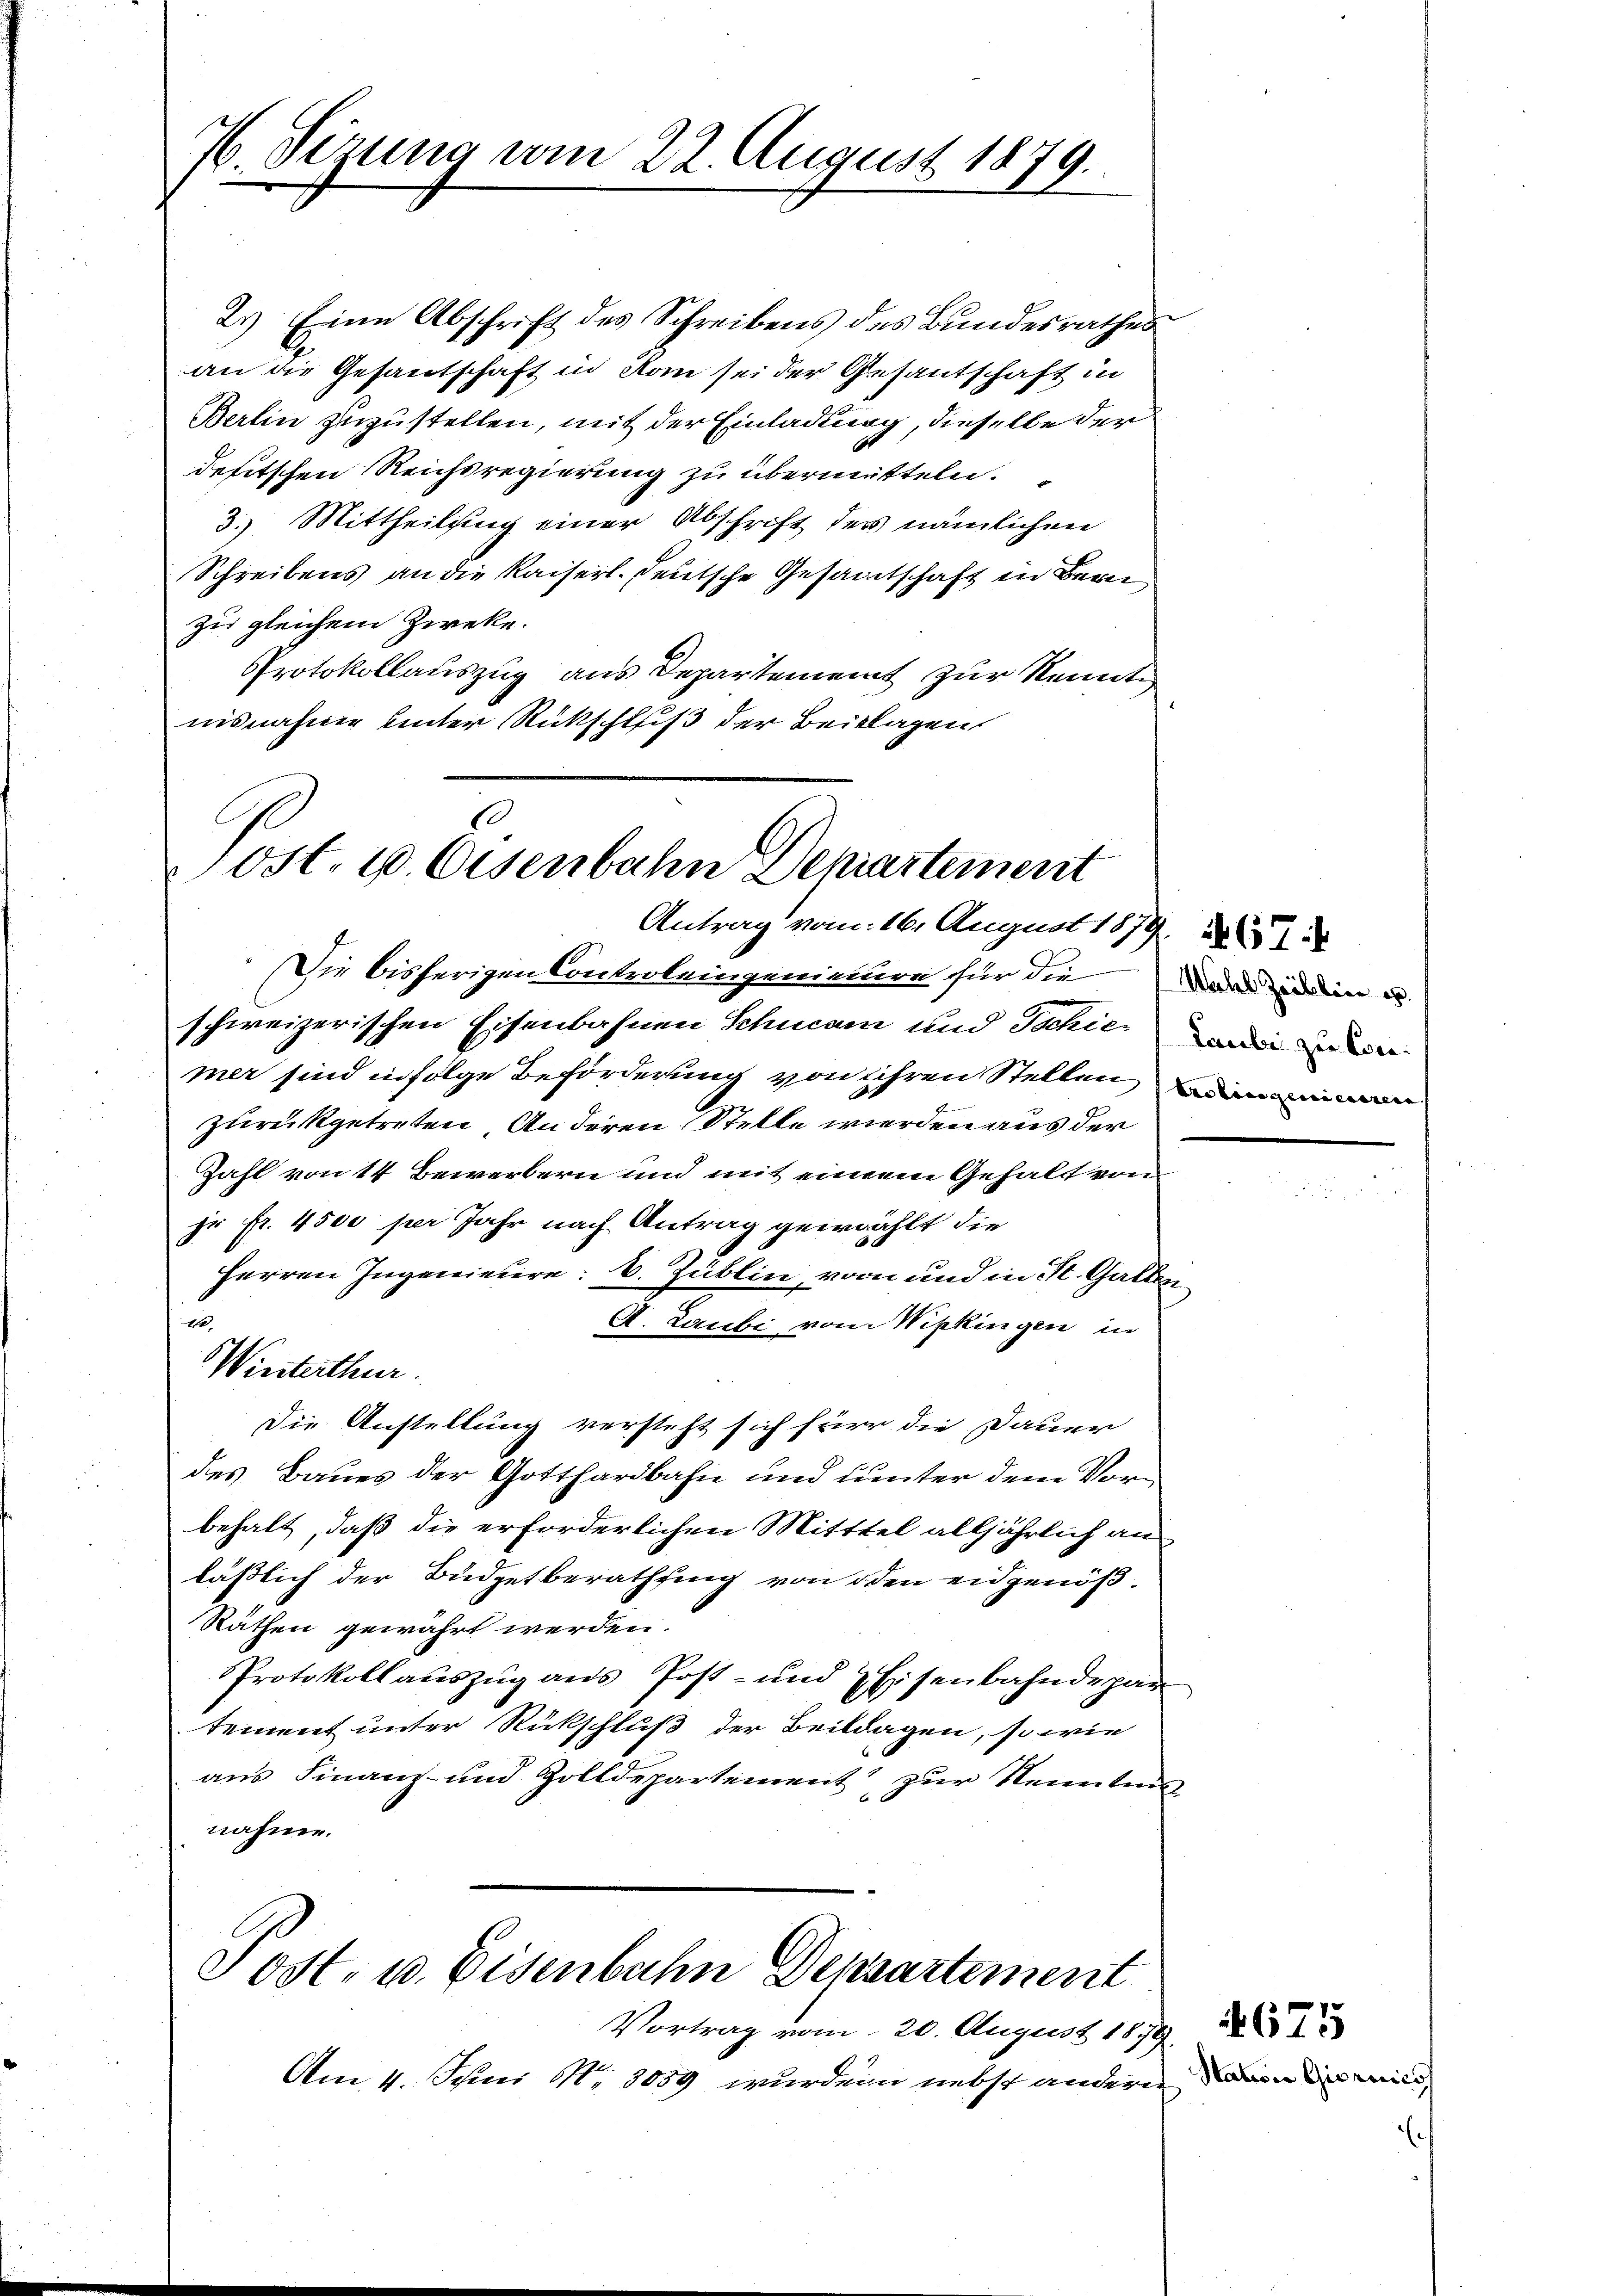
76. Sezung vom 22. August 1879.

2.) Eine Abschrift des Schreibens des Bundesrathes
an die Gesantschaft in Rom sei der Gesantschaft in
Berlin zuzustellen, mit der Einladung, dieselbe der
defitschen Reichsregierung zu übermitteln.
3.) Mittheilung einer Abschrift des nämlichen
Schreibens an die Kaiserl. deutsche Gesamtschaft in Bern
zu gleichem Zwecke.
Protokollauszug aus Departement zur Kennte
nisnahme unter Rückschluß der Beilagen

Post. u. Eisenbahn Departement
Antrag vom 16. August 1879.

Die bisherigen Controleingenieure für die Dein ein u
schweizerischen Eisenbahnen Schnam und Tschie wir
mer sind infolge Beförderung von ihren Stellen einem
zurückgetreten, An deren Stelle werden aus der
Zahl von 14 Bewerbern und mit einem Gehalt von
ze fr. 4500 per Jahr nach Antrag gewählt die
Herren Ingenieure: C. Zublin, von und in St. Gallen
A. Laubi von Wipkingen in
Die Anstellung versteht sich für die Dauer
des Baues der Gotthardbahn und unter dem Vorbehalt, daß die erforderlichen Mitttel alljährlich an
lässlich der Büdgetberathung von den eidgenöß¬
Räthen gewährt werden
Protokoll aŭszŭg ans Post- und Eisenbahndepar
tement unter Rückschluß der Beilagen, so wie
aus Finanz- und Zolldepartement zur Kenntnis
nähme.

u
Winterthur.

Sost- u. Eisenbahn Densartement

Vortrag vom 20. August 187
Am 4. Juni No 3059 wurden nebst andere

.
Nation Gioreies,

4675